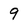
Character: 9